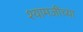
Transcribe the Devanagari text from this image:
श्यामजींच्या